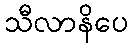
သီလာနိပေ